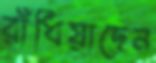
রাঁধিয়াছেন